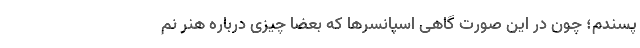
‌پسندم؛ چون در این صورت گاهی اسپانسرها که بعضا چیزی درباره هنر نم